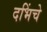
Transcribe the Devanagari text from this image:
दभिंचे